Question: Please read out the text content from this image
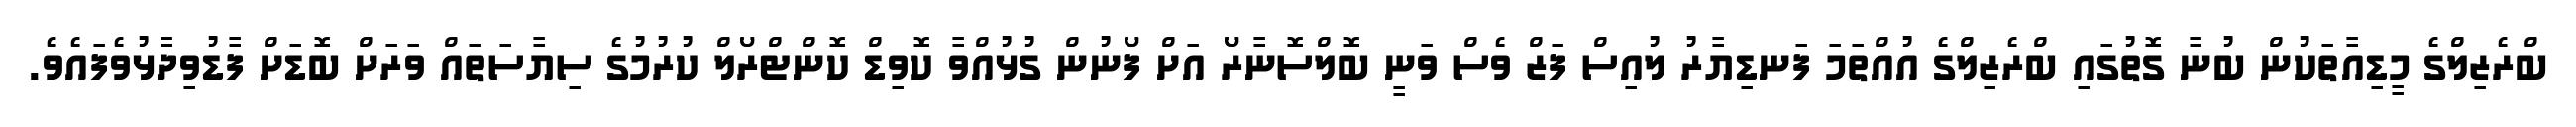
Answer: ބްރެޒިލްގެ މީޑިއާތަކުން ބުނާ ގޮތުގައި ބްރެޒިލްގެ އުއްތަމަ ފަނޑިޔާރު ލުއިސް ފަޒް ވެސް ވަނީ ބޮލްސޮނާރޯ އަށް ފޯނުން ގުޅުއްވާ ކޮވިޑް ކޮންޓްރޯލް ކުރުމުގެ ސިޔާސަތައް ވަރަށް ބޮޑަށް ފާޑުވިދާޅުވެފައެވެ.